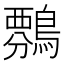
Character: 𪄏